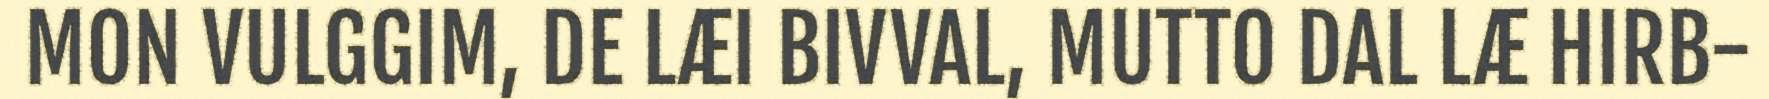
MON VULGGIM, DE LÆI BIVVAL, MUTTO DAL LÆ HIRB-